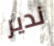
ندير